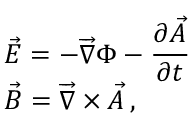
\begin{array} { l } { \displaystyle \vec { E } = - \overrightarrow { \nabla } \Phi - \frac { \partial \vec { A } } { \partial t } } \\ { \displaystyle \vec { B } = \overrightarrow { \nabla } \times \vec { A } \, , } \end{array}